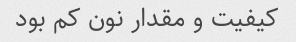
کیفیت و مقدار نون کم بود